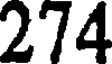
274